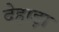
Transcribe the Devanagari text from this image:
देहाड़ा